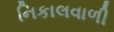
નિકાલવાળી